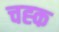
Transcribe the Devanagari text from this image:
चह्क